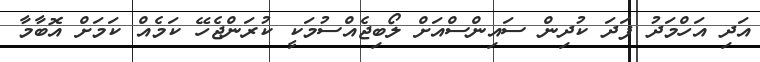
އަދި އަހްމަދު ފަދަ ކުދިން ސައިންސްއަށް ލޯބިޖެއްސުމަކީ ކުރަންޖެހޭ ކަމެއް ކަމަށް އޮބާމާ